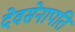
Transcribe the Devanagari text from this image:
देवसेनापति